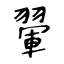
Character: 翬